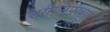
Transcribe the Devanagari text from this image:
श्रीरामपूरच्या